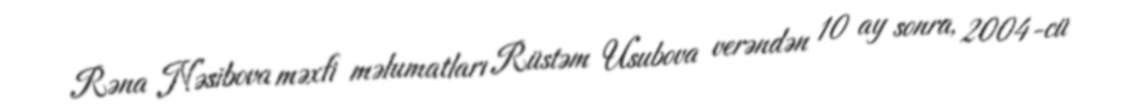
Rəna Nəsibova məxfi məlumatları Rüstəm Usubova verəndən 10 ay sonra, 2004-cü